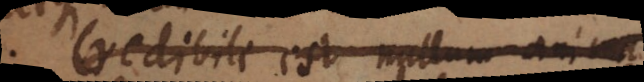
Credibile est nullum animal